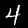
Label: 4